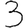
Digit: 3